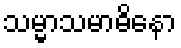
သမ္မာသမာဓိနော